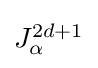
\textstyle J_{\alpha }^{2d+1}